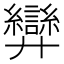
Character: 𢍶